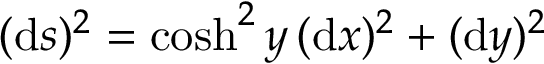
( \mathrm { d } s ) ^ { 2 } = \cosh ^ { 2 } y \, ( \mathrm { d } x ) ^ { 2 } + ( \mathrm { d } y ) ^ { 2 }